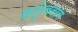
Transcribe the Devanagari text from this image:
कर्तृत्‍ववान